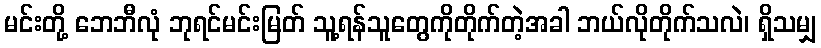
မင်းတို့ ဘေဘီလုံ ဘုရင်မင်းမြတ် သူ့ရန်သူတွေကိုတိုက်တဲ့အခါ ဘယ်လိုတိုက်သလဲ၊ ရှိသမျှ